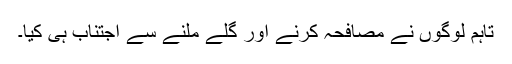
تاہم لوگوں نے مصافحہ کرنے اور گلے ملنے سے اجتناب ہی کیا۔